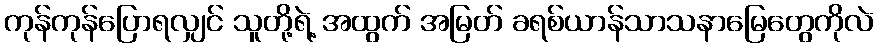
ကုန်ကုန်ပြောရလျှင် သူတို့ရဲ့ အထွက် အမြတ် ခရစ်ယာန်သာသနာမြေတွေကိုလဲ